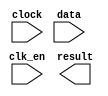
// megafunction wizard: %ALTFP_SQRT%VBB%
// GENERATION: STANDARD
// VERSION: WM1.0
// MODULE: altfp_sqrt 

// ============================================================
// Megafunction Name(s):
// 			altfp_sqrt
//
// Simulation Library Files(s):
// 			lpm
// ============================================================
// ************************************************************
// THIS IS A WIZARD-GENERATED FILE. DO NOT EDIT THIS FILE!
//
// 13.1.0 Build 162 10/23/2013 SJ Web Edition
// ************************************************************

//Copyright (C) 1991-2013 Altera Corporation
//Your use of Altera Corporation's design tools, logic functions 
//and other software and tools, and its AMPP partner logic 
//functions, and any output files from any of the foregoing 
//(including device programming or simulation files), and any 
//associated documentation or information are expressly subject 
//to the terms and conditions of the Altera Program License 
//Subscription Agreement, Altera MegaCore Function License 
//Agreement, or other applicable license agreement, including, 
//without limitation, that your use is for the sole purpose of 
//programming logic devices manufactured by Altera and sold by 
//Altera or its authorized distributors.  Please refer to the 
//applicable agreement for further details.

module sqrt (
	clk_en,
	clock,
	data,
	result)/* synthesis synthesis_clearbox = 1 */;

	input	  clk_en;
	input	  clock;
	input	[31:0]  data;
	output	[31:0]  result;

endmodule

// ============================================================
// CNX file retrieval info
// ============================================================
// Retrieval info: PRIVATE: FPM_FORMAT NUMERIC "0"
// Retrieval info: PRIVATE: INTENDED_DEVICE_FAMILY STRING "Cyclone IV E"
// Retrieval info: PRIVATE: SYNTH_WRAPPER_GEN_POSTFIX STRING "0"
// Retrieval info: LIBRARY: altera_mf altera_mf.altera_mf_components.all
// Retrieval info: CONSTANT: INTENDED_DEVICE_FAMILY STRING "Cyclone IV E"
// Retrieval info: CONSTANT: PIPELINE NUMERIC "28"
// Retrieval info: CONSTANT: ROUNDING STRING "TO_NEAREST"
// Retrieval info: CONSTANT: WIDTH_EXP NUMERIC "8"
// Retrieval info: CONSTANT: WIDTH_MAN NUMERIC "23"
// Retrieval info: USED_PORT: clk_en 0 0 0 0 INPUT NODEFVAL "clk_en"
// Retrieval info: USED_PORT: clock 0 0 0 0 INPUT NODEFVAL "clock"
// Retrieval info: USED_PORT: data 0 0 32 0 INPUT NODEFVAL "data[31..0]"
// Retrieval info: USED_PORT: result 0 0 32 0 OUTPUT NODEFVAL "result[31..0]"
// Retrieval info: CONNECT: @clk_en 0 0 0 0 clk_en 0 0 0 0
// Retrieval info: CONNECT: @clock 0 0 0 0 clock 0 0 0 0
// Retrieval info: CONNECT: @data 0 0 32 0 data 0 0 32 0
// Retrieval info: CONNECT: result 0 0 32 0 @result 0 0 32 0
// Retrieval info: GEN_FILE: TYPE_NORMAL sqrt.v TRUE
// Retrieval info: GEN_FILE: TYPE_NORMAL sqrt.inc FALSE
// Retrieval info: GEN_FILE: TYPE_NORMAL sqrt.cmp FALSE
// Retrieval info: GEN_FILE: TYPE_NORMAL sqrt.bsf FALSE
// Retrieval info: GEN_FILE: TYPE_NORMAL sqrt_inst.v FALSE
// Retrieval info: GEN_FILE: TYPE_NORMAL sqrt_bb.v TRUE
// Retrieval info: LIB_FILE: lpm